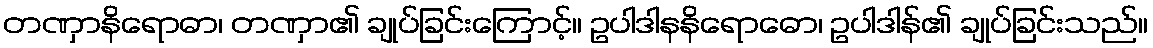
တဏှာနိရောဓာ၊ တဏှာ၏ ချုပ်ခြင်းကြောင့်။ ဥပါဒါနနိရောဓော၊ ဥပါဒါန်၏ ချုပ်ခြင်းသည်။